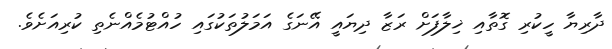
ދާރިޔާ ހީކުރި ގޮތާއި ޚިލާފަށް ރަޒާ ދިޔައީ އޭނަގެ އަމަލުތަކުގައި ހުއްޓުމެއްނެތި ކުރިއަށެވެ.